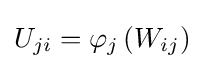
U_{ji}=\varphi _{j}\left(W_{ij}\right)